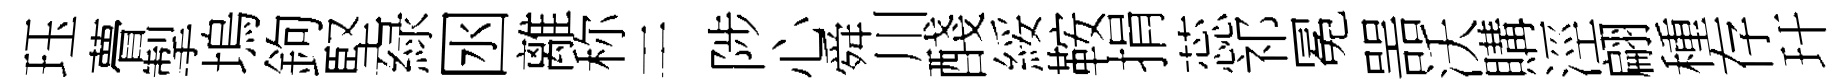
珏瞢掣塢鉤堅緑囦離称干陟心舜川醆綏鞍捐蕊祁冕噐沃購涇翩種存玕